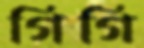
গিগি